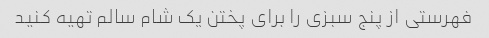
فهرستی از پنج سبزی را برای پختن یک شام سالم تهیه کنید